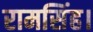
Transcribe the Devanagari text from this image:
रामसिंह।